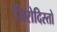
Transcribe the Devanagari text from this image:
जिरोदिस्तो